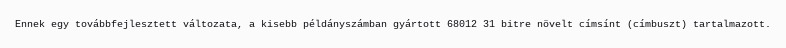
Ennek egy továbbfejlesztett változata, a kisebb példányszámban gyártott 68012 31 bitre növelt címsínt (címbuszt) tartalmazott.